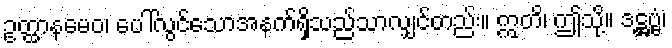
ဥတ္ထာနမေဝ၊ ပေါ်လွင်သောအနက်ရှိသည်သာလျှင်တည်း။ ဣတိ၊ ဤသို့။ ဒဋ္ဌဗ္ဗံ၊